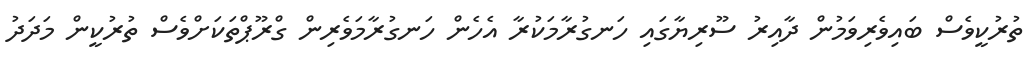
ތުރުކީވެސް ބައިވެރިވަމުން ދާއިރު ސޫރިޔާގައި ހަނގުރާމަކުރާ އެހެން ހަނގުރާމަވެރިން ގްރޫޕްތަކަށްވެސް ތުރުކީން މަދަދު